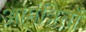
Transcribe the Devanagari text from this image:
आमंत्रितों